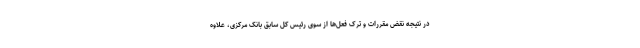
در نتیجه نقض مقررات و ترک فعل‌ها از سوی رئیس کل سابق بانک مرکزی، علاوه